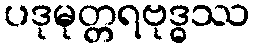
ပဒုမုတ္တရဗုဒ္ဓဿ